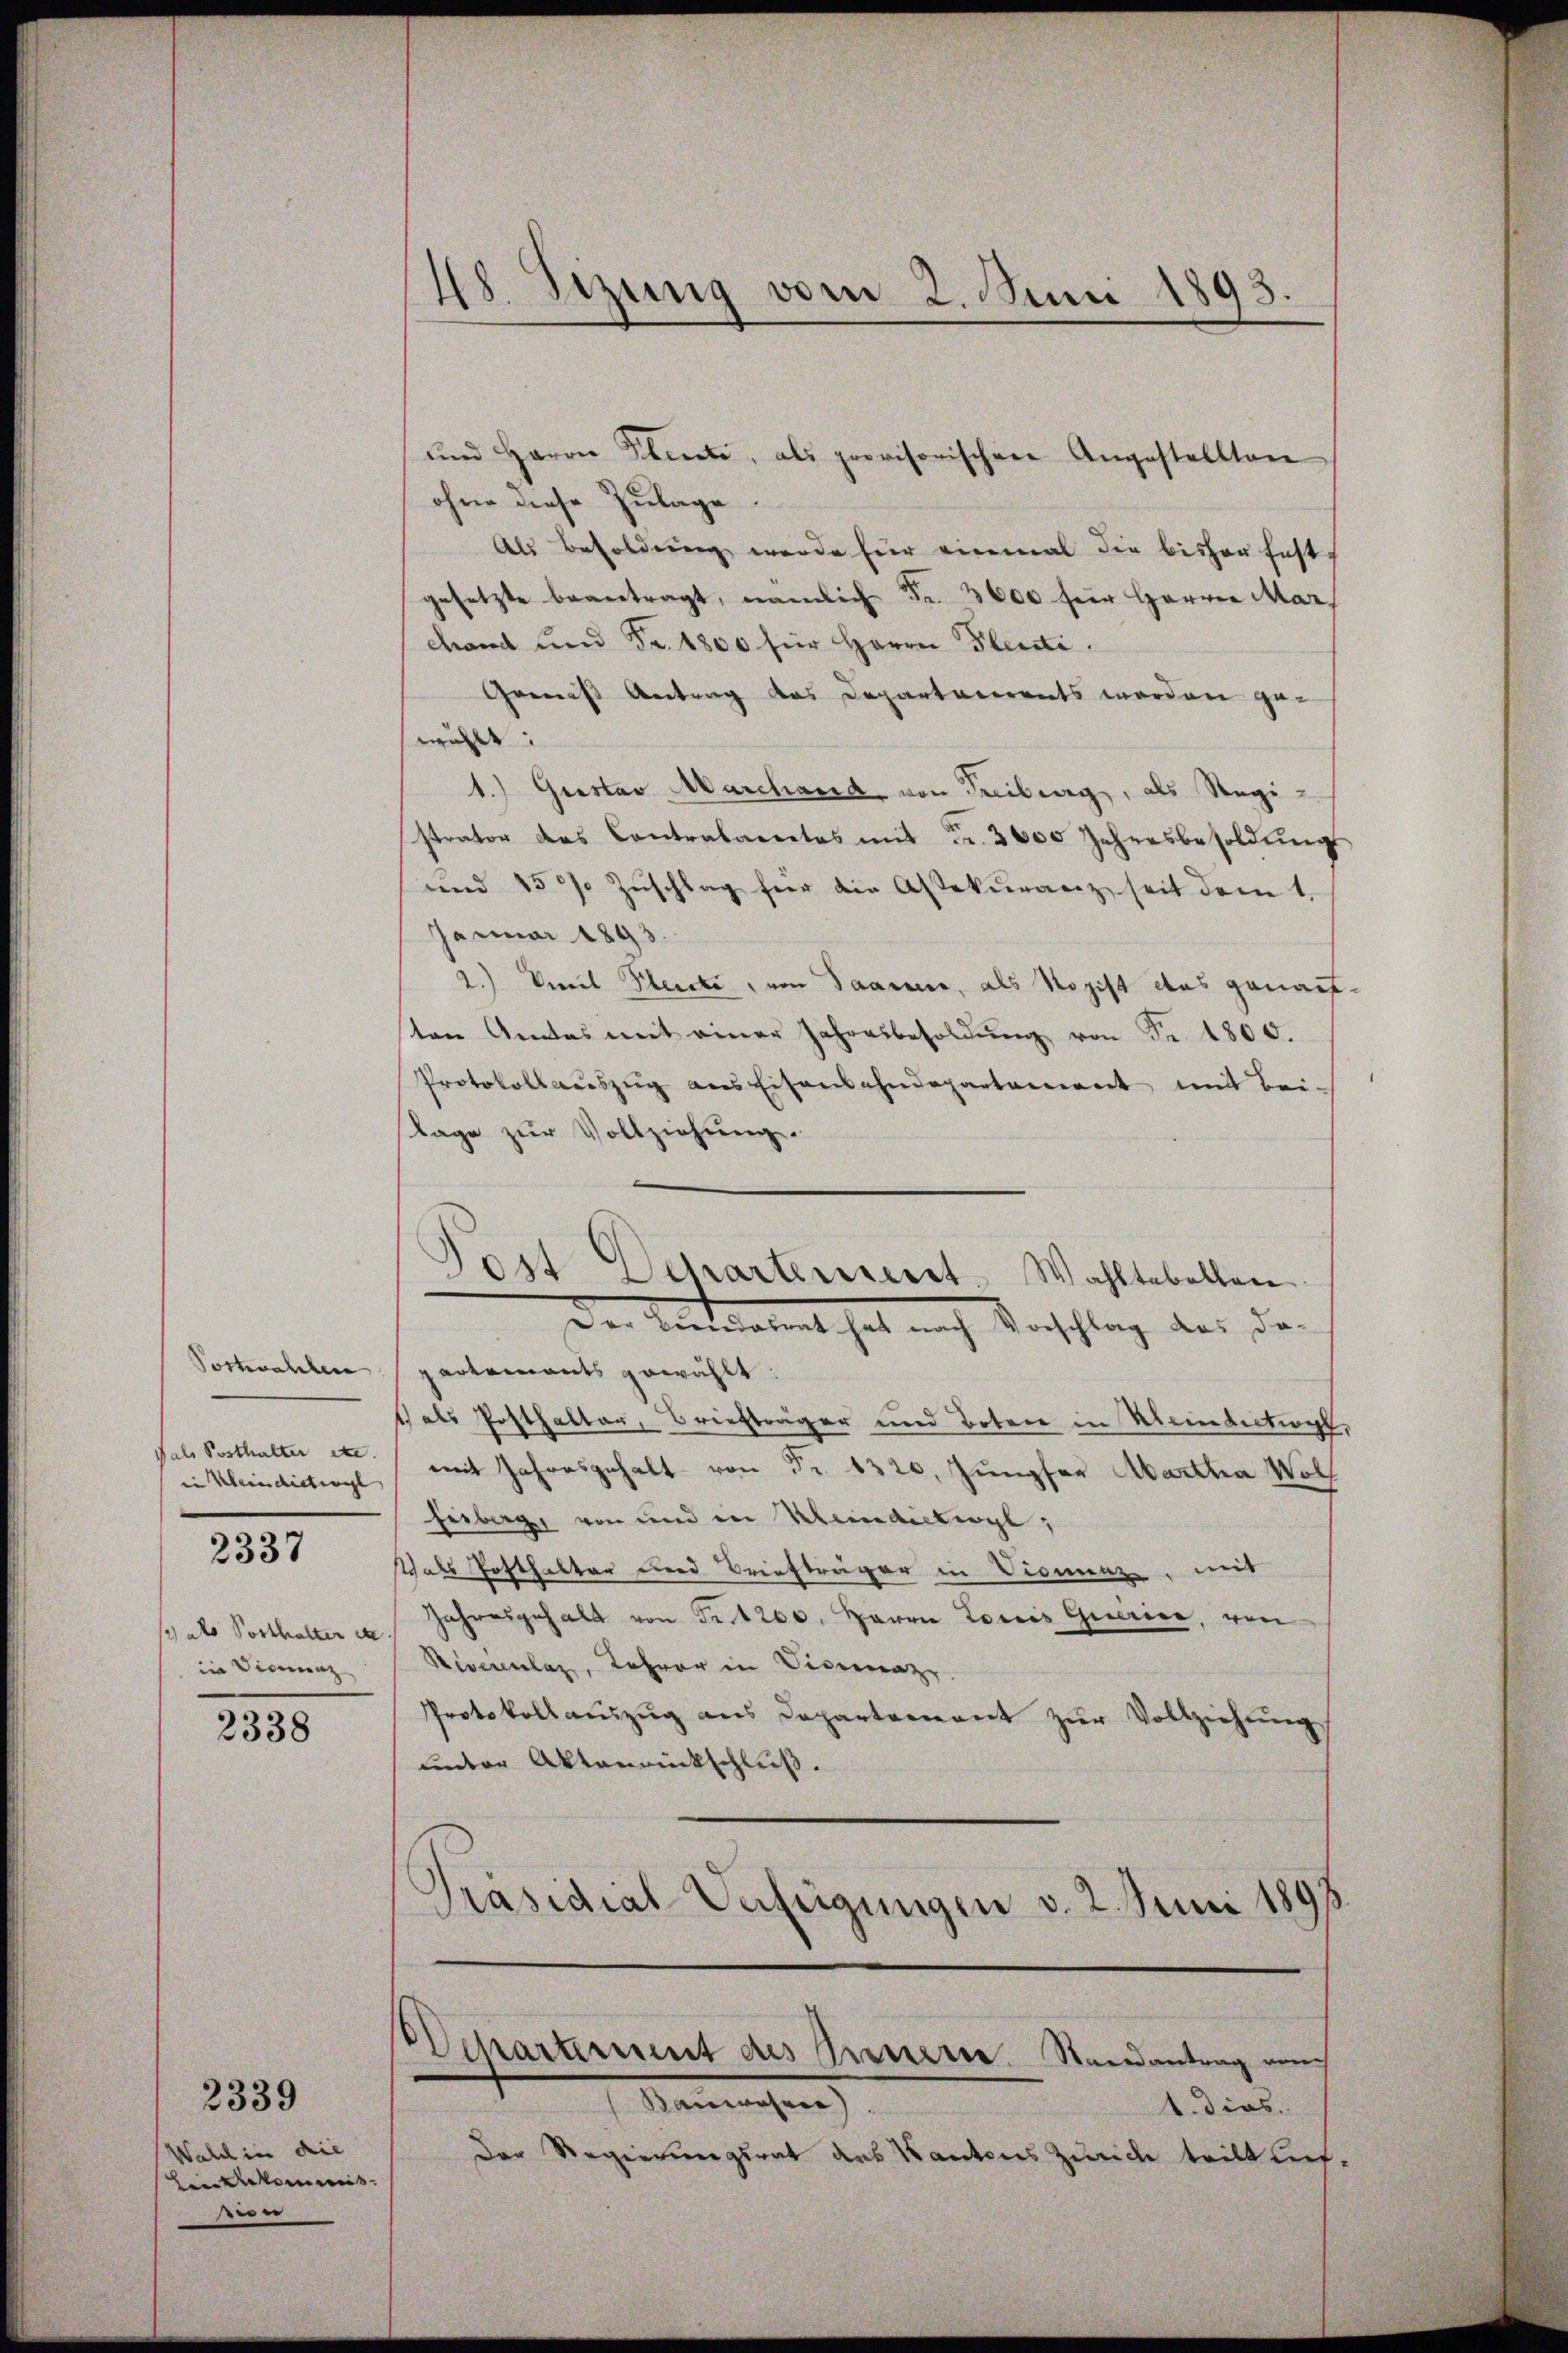
Postwahlen
fals Posthalter etc
in Klein diction
2337
in Dionenz

2338

Walch in die
iekommis
ion

2339

48. Sizung vom 2. Juni 1893.

ohne diese Zulage
Als Besoldung werde für einmal die bisher fest
gesetzte beantragt, nämlich Fr. 3000 für Herrn Marchand und Fr. 1800 für Herrn Plenti.
Gemäss Antrag das Departarents werden gewählt:
1.) Gustav Marchand von Freiberg, als Registrator das Contralarretos mit Fr. 3000 Jahresbesoldŭng
und 15% Zŭschlag hier die Assekŭranz seit dem 1.
Januar 1893.
2.) Vermel Gleiche, von Paaren, als Rogift des genauften Andas mit einer Jahresbesoldŭng von Fr. 1800.
Protokollaŭszŭg ans Eisenbahndepartament mit bei.
Tage zŭr Vollziehung.
Post Departement. Wahltabellen
Der Kanalent hat nach Vorschlag des da
partements gewählt
dals Posthalter, Briefträger und Boten in Meinbectwyl
mit Jahresgehalt von Fr. 1320. Jungfer Abartha Wolf
Fesberg, von und in Meindesberg;
Wals Hofthalter und Briefträger in Dionenz, mit
Jab Posthalter u. Jahresgehalt von Fr. 1200. Herrn Lois Gerice, von
Riverenlaz, Lehrer in Viceraz
Protokollaŭszŭg ans Departement zŭr Vollziehŭng
unter Aktenrückschluß.
Präsidial-Verfügungen v. 2. Juni 189

ŭnd Herrn Planete, als provisorischen Angestellten

Departement des Innern. Randantrag von
Bauwesen.

1. dies.
Der Regierungsrat des Kantons Zürich teilt auf-